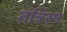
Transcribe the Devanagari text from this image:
तंत्रिस्म